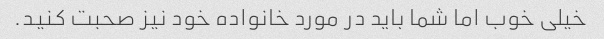
خیلی خوب اما شما باید در مورد خانواده خود نیز صحبت کنید.